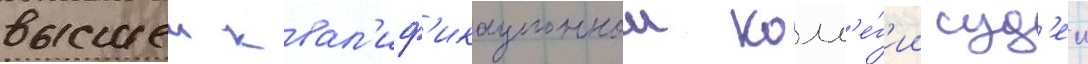
высшеи квал'иф'икационнои колл'е́г'ии суд'еи